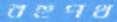
বহুপথ